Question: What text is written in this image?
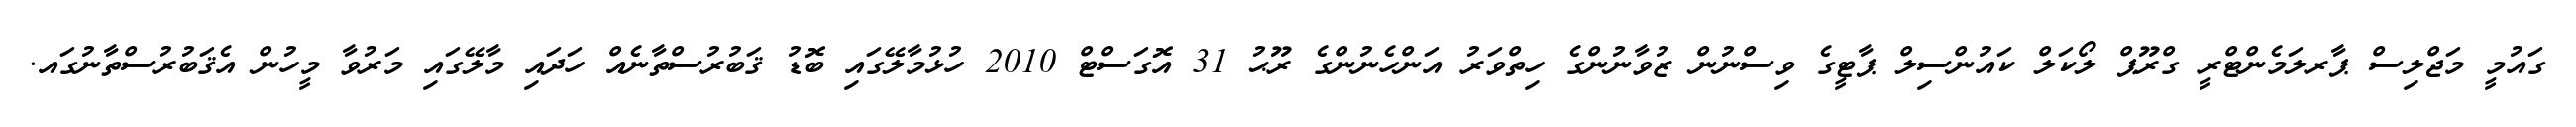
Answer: ގައުމީ މަޖްލިސް ޕާރލަމެންޓްރީ ގްރޫޕް ލޯކަލް ކައުންސިލް ޕާޓީގެ ވިސްނުން ޒުވާނުންގެ ހިތްވަރު އަންހެނުންގެ ރޫޙު 31 އޮގަސްޓް 2010 ހުޅުމާލޭގައި ބޮޑު ޤަބުރުސްތާނެއް ހަދައި މާލޭގައި މަރުވާ މީހުން އެޤަބުރުސްތާނުގައ.